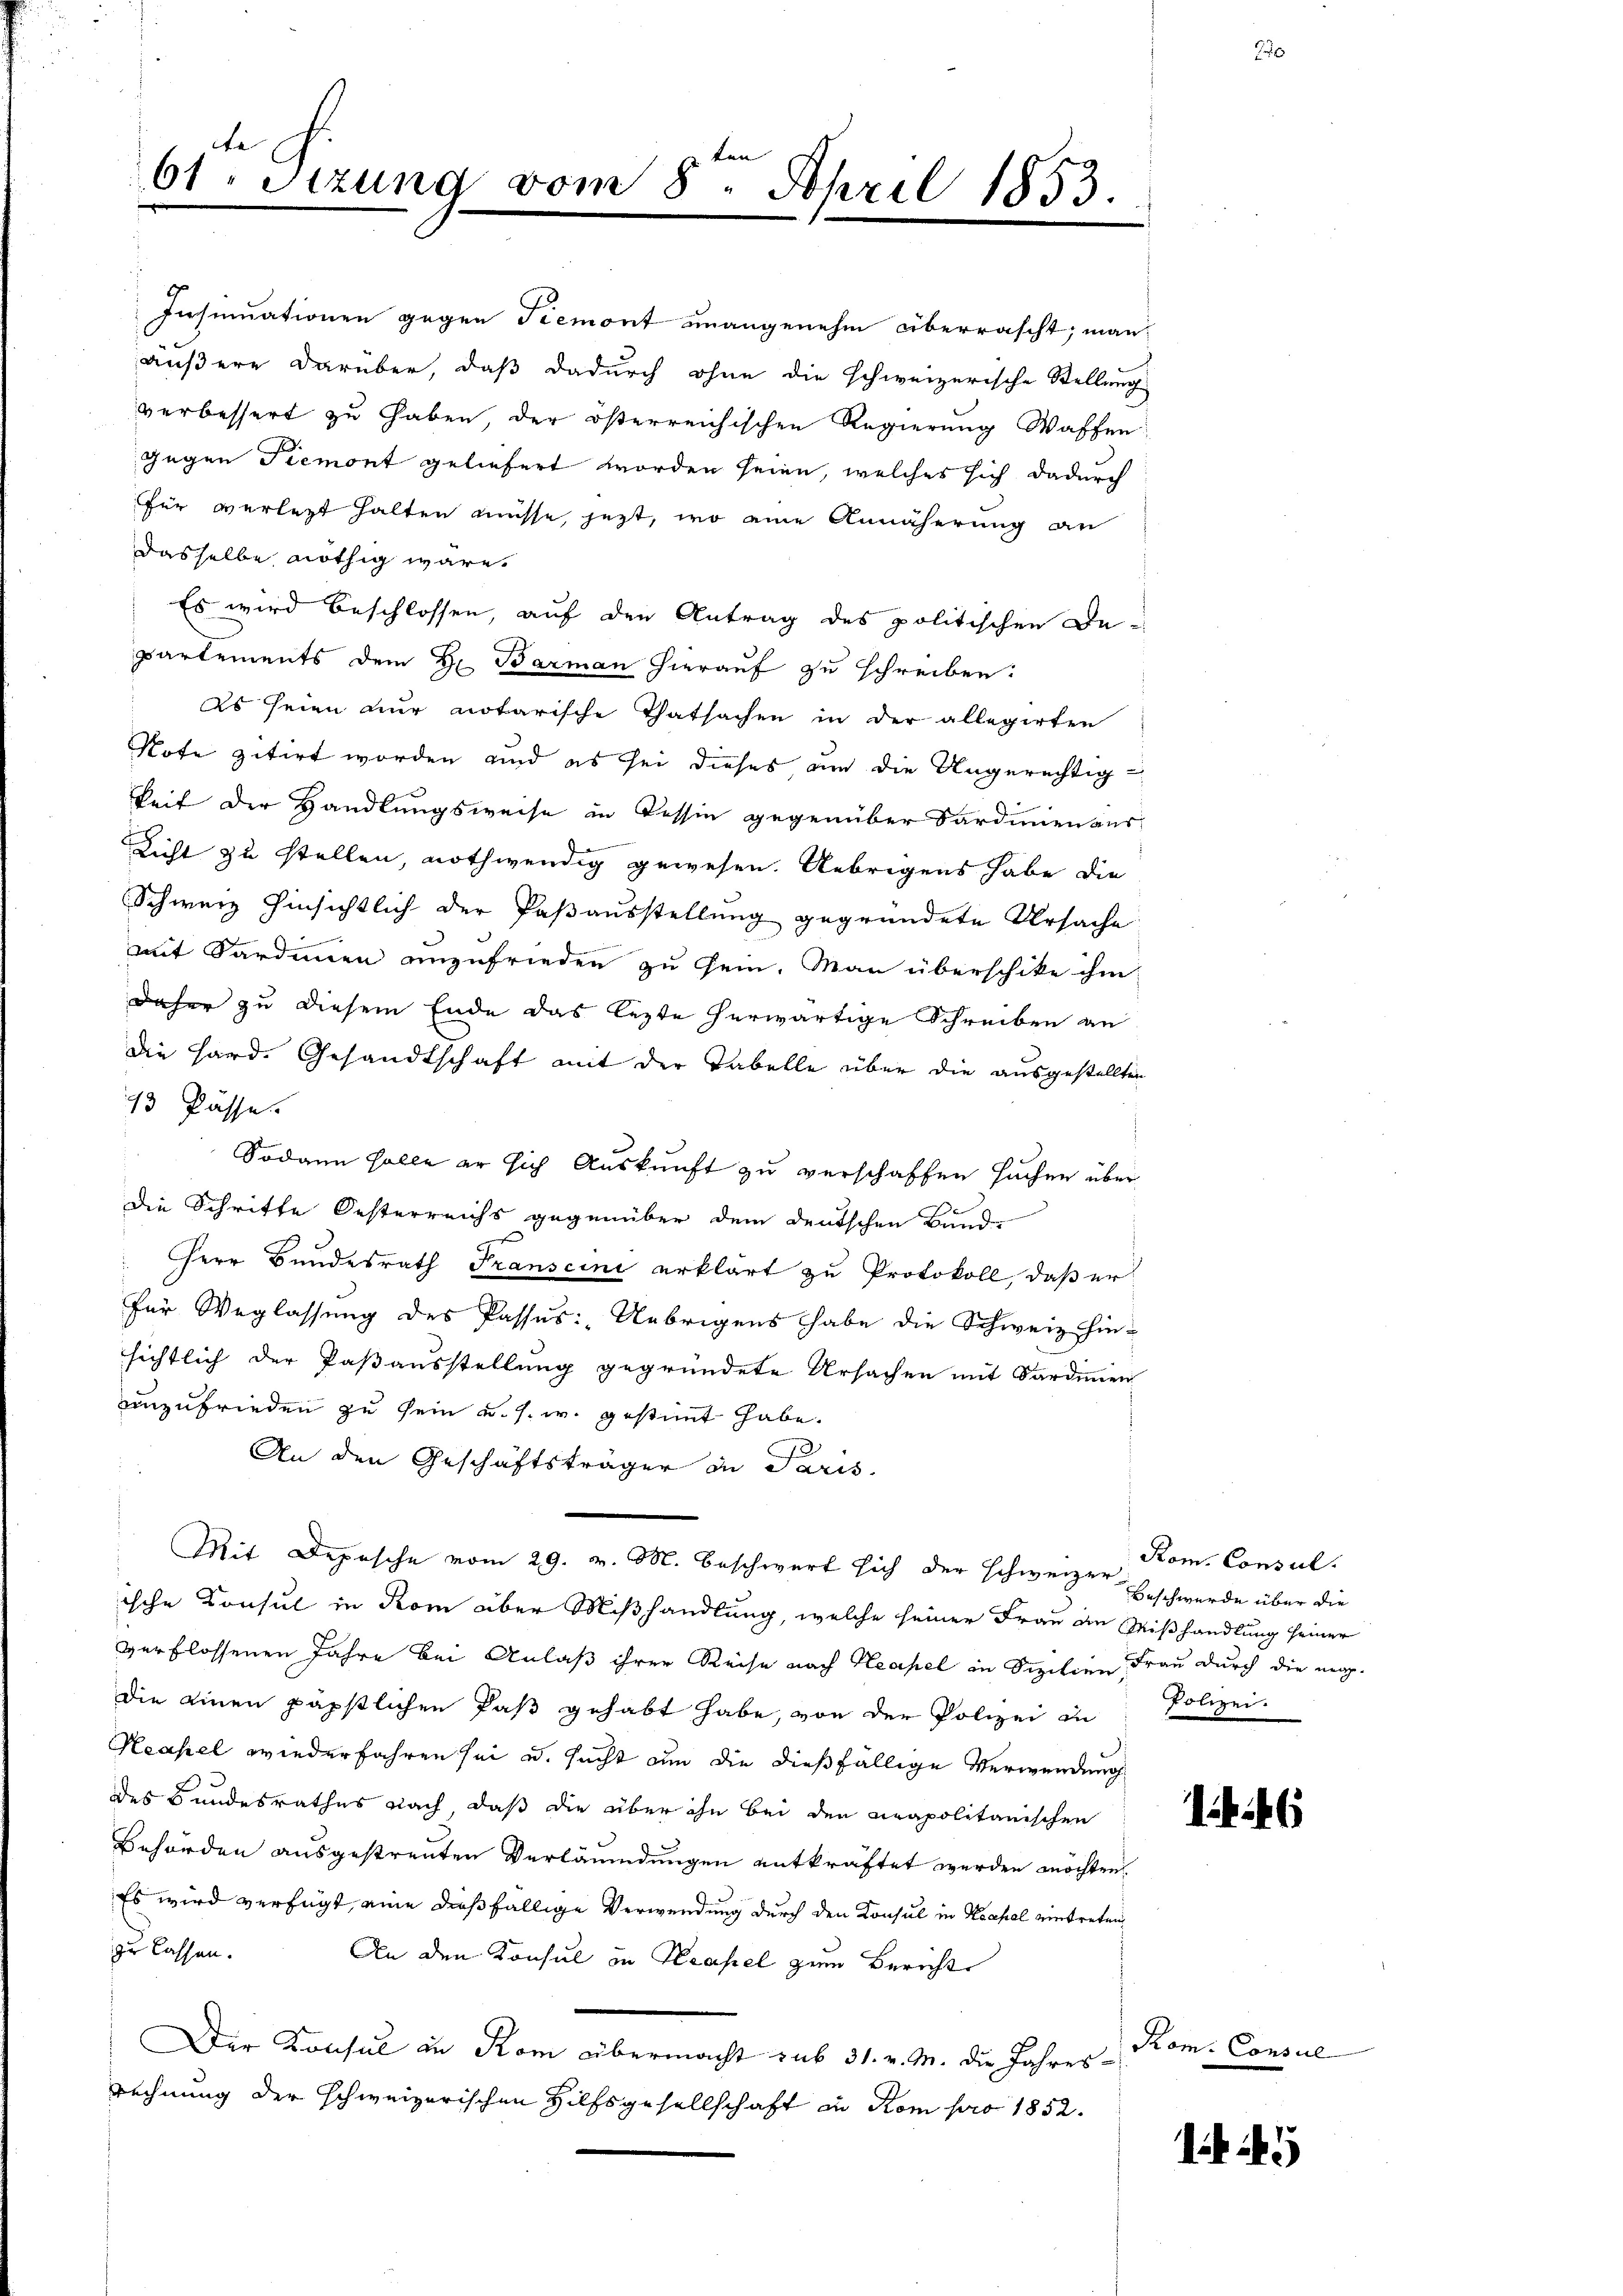
t
61. Stzung vom 8. April 1853.

für verletzt halten müsse, jetzt, wo eine Annäherung an
dasselbe nöthig wäre.
Es wird beschlossen, auf den Antrag des politischen Departements dem Hr. Barman hierauf zu schreiben:
Es seien nur notarische Thatsachen in der allegirten
Note zitirt worden und es sei dieses an die Ungerechtigkeit der Handlungsweise in Tessin gegenüber Sardinien aus
Licht zu stellen, nothwendig gewesen. Uebrigens habe die
Schweiz hinsichtlich der Paßausstellung gegründete Ursache
mit Sardinen anzufrieden zu sein. Man überschike ihm
daher zu diesem Ende das lezte herwärtige Schreiben an
die Hard. Gesandtschaft mit der Tabelle über die ausgestellten
13 Pässe.
Sodann solle er sich Auskunft zu verschaffen suchen über
Die Schritte Oesterreichs gegenüber dem deutschen Bunde
Herr Bundesrath Transcini erklärt zu Protokoll, daß er
für Weglassung des Passus: Uebrigens habe die Schweiz hin-
sichtlich der Paßausstellung gegründete Ursachen mit Sardimmen
unzufrieden zu sein u. s. w. gestimmt habe.
An den Geschäftsträger in Paris.
Mit Depesche vom 29. v. M. beschwert sich der schweizer Beschwerde über die
ische Consul in Rom über Mißhandlung, welche seiner Frau an Mißhandlung seiner
verflossenen Jahre bei Anlaß ihrer Reise nach Neapel in Sizilien Frau durch die eigdie einen päpstlichen Paß gehabt habe, von der Polizei in
Heasel wiederfahren sei u. sucht um die dießfällige Verwendung
des Bundesrathes nach, daß die über ihn bei den Krapolitanischen
Behörden ausgestrenten Verläumdungen entkräftet werden möchten
Es wird verfügt, eine dießfällige Verwendung durch den Konsul in Neapel eintreten
zu lassen.
An den Konsul in Krasel zum Bericht
Der Konsul in Rom übermacht sub 31. v. M. die Jahresrechnung der schweizerischen Hilfsgesellschaft in Kompro 1852.

Insinuationen gegen Tremont unangenehm überrascht; man
äußere darüber, daß dadurch ohne die schweizerische Stellung
verbessert zu haben, der österreichischen Regierung Waffen
gegen Piemont geliefert worden seien, welches sich dadurch

Rom. Consul
Polizei.

Prom. Consul

1